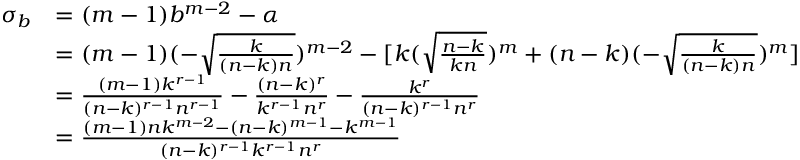
\begin{array} { r l } { \sigma _ { b } } & { = ( m - 1 ) b ^ { m - 2 } - \alpha } \\ & { = ( m - 1 ) ( - \sqrt { \frac { k } { ( n - k ) n } } ) ^ { m - 2 } - [ k ( \sqrt { \frac { n - k } { k n } } ) ^ { m } + ( n - k ) ( - \sqrt { \frac { k } { ( n - k ) n } } ) ^ { m } ] } \\ & { = \frac { ( m - 1 ) k ^ { r - 1 } } { ( n - k ) ^ { r - 1 } n ^ { r - 1 } } - \frac { ( n - k ) ^ { r } } { k ^ { r - 1 } n ^ { r } } - \frac { k ^ { r } } { ( n - k ) ^ { r - 1 } n ^ { r } } } \\ & { = \frac { ( m - 1 ) n k ^ { m - 2 } - ( n - k ) ^ { m - 1 } - k ^ { m - 1 } } { ( n - k ) ^ { r - 1 } k ^ { r - 1 } n ^ { r } } } \end{array}